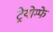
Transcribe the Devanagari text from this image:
ट्रेयोम्फे